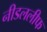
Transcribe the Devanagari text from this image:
नीडललीफ